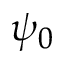
\psi _ { 0 }